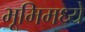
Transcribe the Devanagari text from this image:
भूमिमध्ये